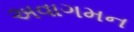
અવાગમન